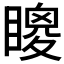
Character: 𥊙